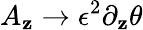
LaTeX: A_{\mathbf{z}}\rightarrow\epsilon^{2}\partial_{\mathbf{z}}\theta